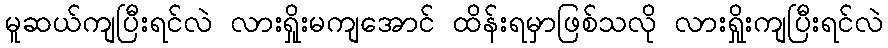
မူဆယ်ကျပြီးရင်လဲ လားရှိုးမကျအောင် ထိန်းရမှာဖြစ်သလို လားရှိုးကျပြီးရင်လဲ